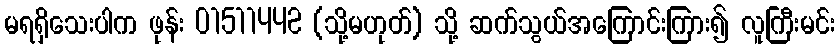
မရရှိသေးပါက ဖုန်း 01511442 (သို့မဟုတ်) သို့ ဆက်သွယ်အကြောင်းကြား၍ လူကြီးမင်း